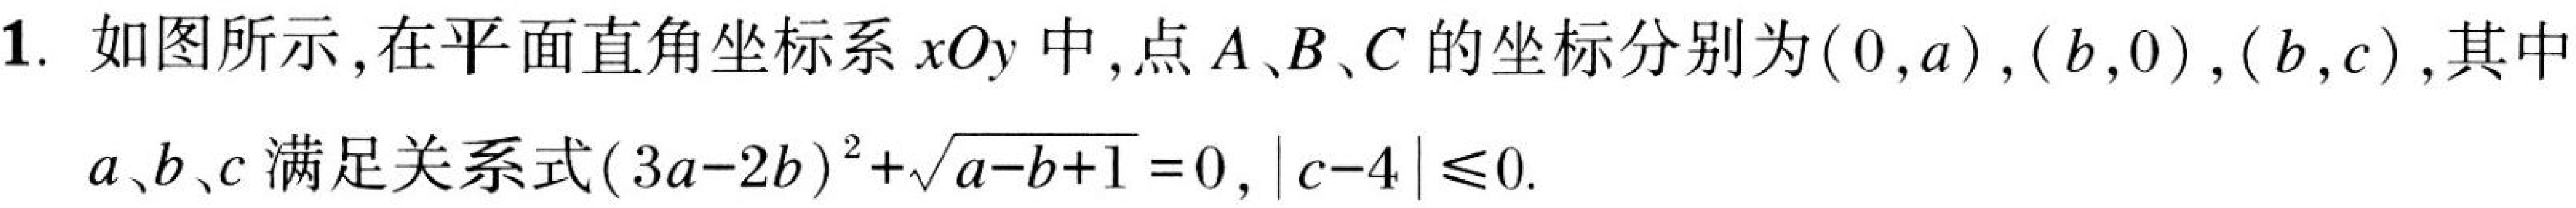
1. 如图所示,在平面直角坐标系$xOy$中,点$A、B、C$的坐标分别为$(0,a),(b,0),(b,c)$,其中
$a、b、c$满足关系式$(3a - 2b)^{2}+\sqrt{a - b + 1}=0,|c - 4|\leq0.$